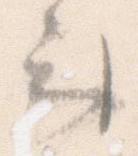
云